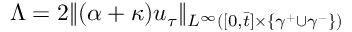
\Lambda = 2 \| ( \alpha + \kappa ) u _ { \tau } \| _ { L ^ { \infty } ( [ 0 , \bar { t } ] \times \lbrace \gamma ^ { + } \cup \gamma ^ { - } \rbrace ) }